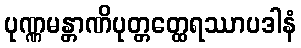
ပုဏ္ဏမန္တာဏိပုတ္တတ္ထေရဿာပဒါနံ